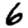
Digit: 6